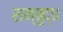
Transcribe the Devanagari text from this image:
सम्बुद्ध